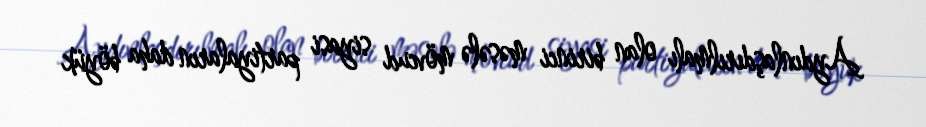
Aydınlaşdırılmalı olan birinci məsələ mövcud siyasi partiyaların daha böyük